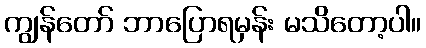
ကျွန်တော် ဘာပြောရမှန်း မသိတော့ပါ။